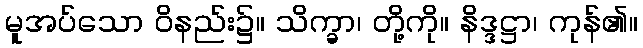
မူအပ်သော ဝိနည်း၌။ သိက္ခာ၊ တို့ကို။ နိဒ္ဒဋ္ဌာ၊ ကုန်၏။